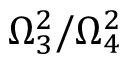
\Omega _ { 3 } ^ { 2 } / \Omega _ { 4 } ^ { 2 }